Cholera in southern India
Disease focus: Cholera
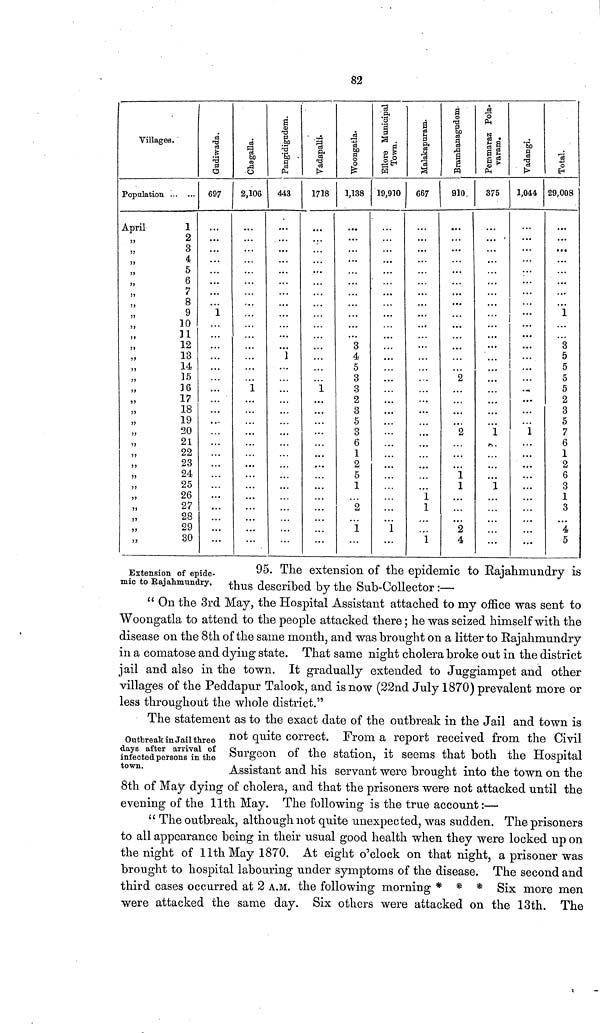
82
Villages.
Population
April
1
„
2
„ 3
„ 4
„ 5
„ 6
„ 7
„ 8
„ 9
„ 10
„ 11
„ 12
„ 13
„ 14
„ 5
„ 16
„ 17
„ 18
„ 19
„ 20
„ 21
„ 22
„ 23
„ 24
„ 25
„ 26
„ 27
„ 28
„ 29
„ 30
Gudiwada.
697
1
Chagalla.
2,106
...
1
• • •
• ••
t • •
• • •
Pangidigudam.
443
1
...
...
...
Vadapalli.
1718
1
...
Woongatla.
1,138
...
...
...
3
4
5
3
3
2
3
5
3
6
1
2
5
1
2
1
Ellore Municipal
Town.
19,910
...
...
...
...
...
• ••
1
Malakapuram.
667
...
...
...
•. •
1
1
1
Bramhanagudem.
910.
...
...
...
...
2
2
1
1
2
4
Pemmaraz Pola-
varam.
375
... '
...
...
...
...
...
...
• • •
• • •
1
1
. • »
...
Vadangi.
1,044
...
...
...
...
...
...
...
...
1
...
...
... ...
...
...
...
Total.
29,008
...
...
...
...
...
...
1
...
3
5
5
5
5
2
3
5
7
6
1
2
6
3
1
3
• • •
4
5
Extension of epide-
mic to Rajahmundry,
Outbreak in Jail three
days after arrival of
infected persons in the
town.
95. The extension of the epidemic to Rajahmundry is
thus described by the Sub-Collector :—
" On the 3rd May, the Hospital Assistant attached to my office was sent to
Woongatla to attend to the people attacked there ; he was seized himself with the
disease on the 8th of the same month, and was brought on a litter to Rajahmundry
in a comatose and dying state. That same night cholera broke out in the district
jail and also in the town. It gradually extended to Juggiampet and other
villages of the Peddapur Talook, and is now (22nd July 1870) prevalent more or
less throughout the whole district."
The statement as to the exact date of the outbreak in the Jail and town is
not quite correct. From a report received from the Civil
Surgeon of the station, it seems that both the Hospital
Assistant and his servant were brought into the town on the
8th of May dying of cholera, and that the prisoners were not attacked until the
evening of the 11th May. The following is the true account :—
" The outbreak, although not quite unexpected, was sudden. The prisoners
to all appearance being in their usual good health when they were locked up on
the night of 11th May 1870. At eight o'clock on that night, a prisoner was
brought to hospital labouring under symptoms of the disease. The second and
third cases occurred at 2 A.M. the following morning * * * Six more men
were attacked the same day. Six others were attacked on the 13th. The